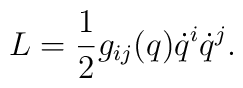
L=\frac{1}{2}g_{ij}(q)\dot{q}^{i}\dot{q}^{j}.